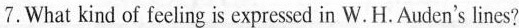
7.What kind of feeling is expresed in W.H.Aucien's lines？